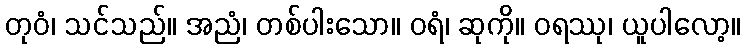
တုဝံ၊ သင်သည်။ အညံ၊ တစ်ပါးသော။ ဝရံ၊ ဆုကို။ ဝရဿု၊ ယူပါလော့။